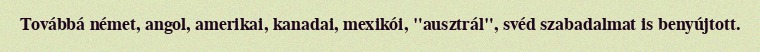
Továbbá német, angol, amerikai, kanadai, mexikói, "ausztrál", svéd szabadalmat is benyújtott.